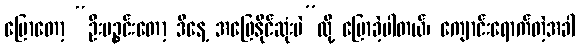
ပြောတော့ “ဦးပဉ္စင်းတော့ ဒီနေ့ အဖြေနိုင်ဆုံးပဲ”လို့ ပြောခဲ့ပါတယ်၊ ကျောင်းရောက်တဲ့အခါ